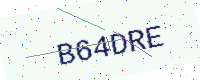
Text: B64DRE